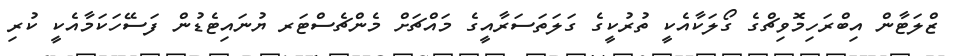
ޒްލަޓާން އިބްރަހިމޮވިޗްގެ ގޯލަކާއެކީ ތުރުކީގެ ގަލަތަސަރާއީގެ މައްޗަށް މެންޗެސްޓަރ ޔުނައިޓެޑުން ފަސޭހަކަމާއެކީ ކުރި